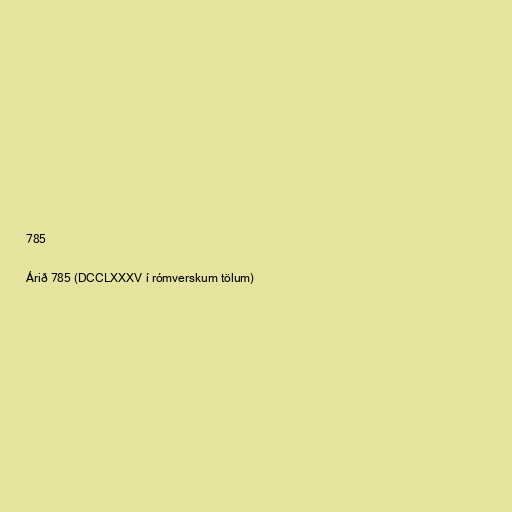
785

Árið 785 (DCCLXXXV í rómverskum tölum)